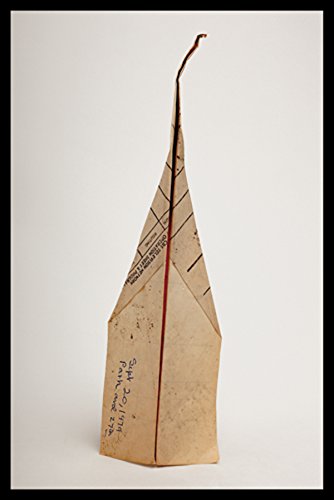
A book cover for Paper Airplanes: The Collections of Harry Smith: Catalogue RaisonnÃ©, Volume I; Arts & Photography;